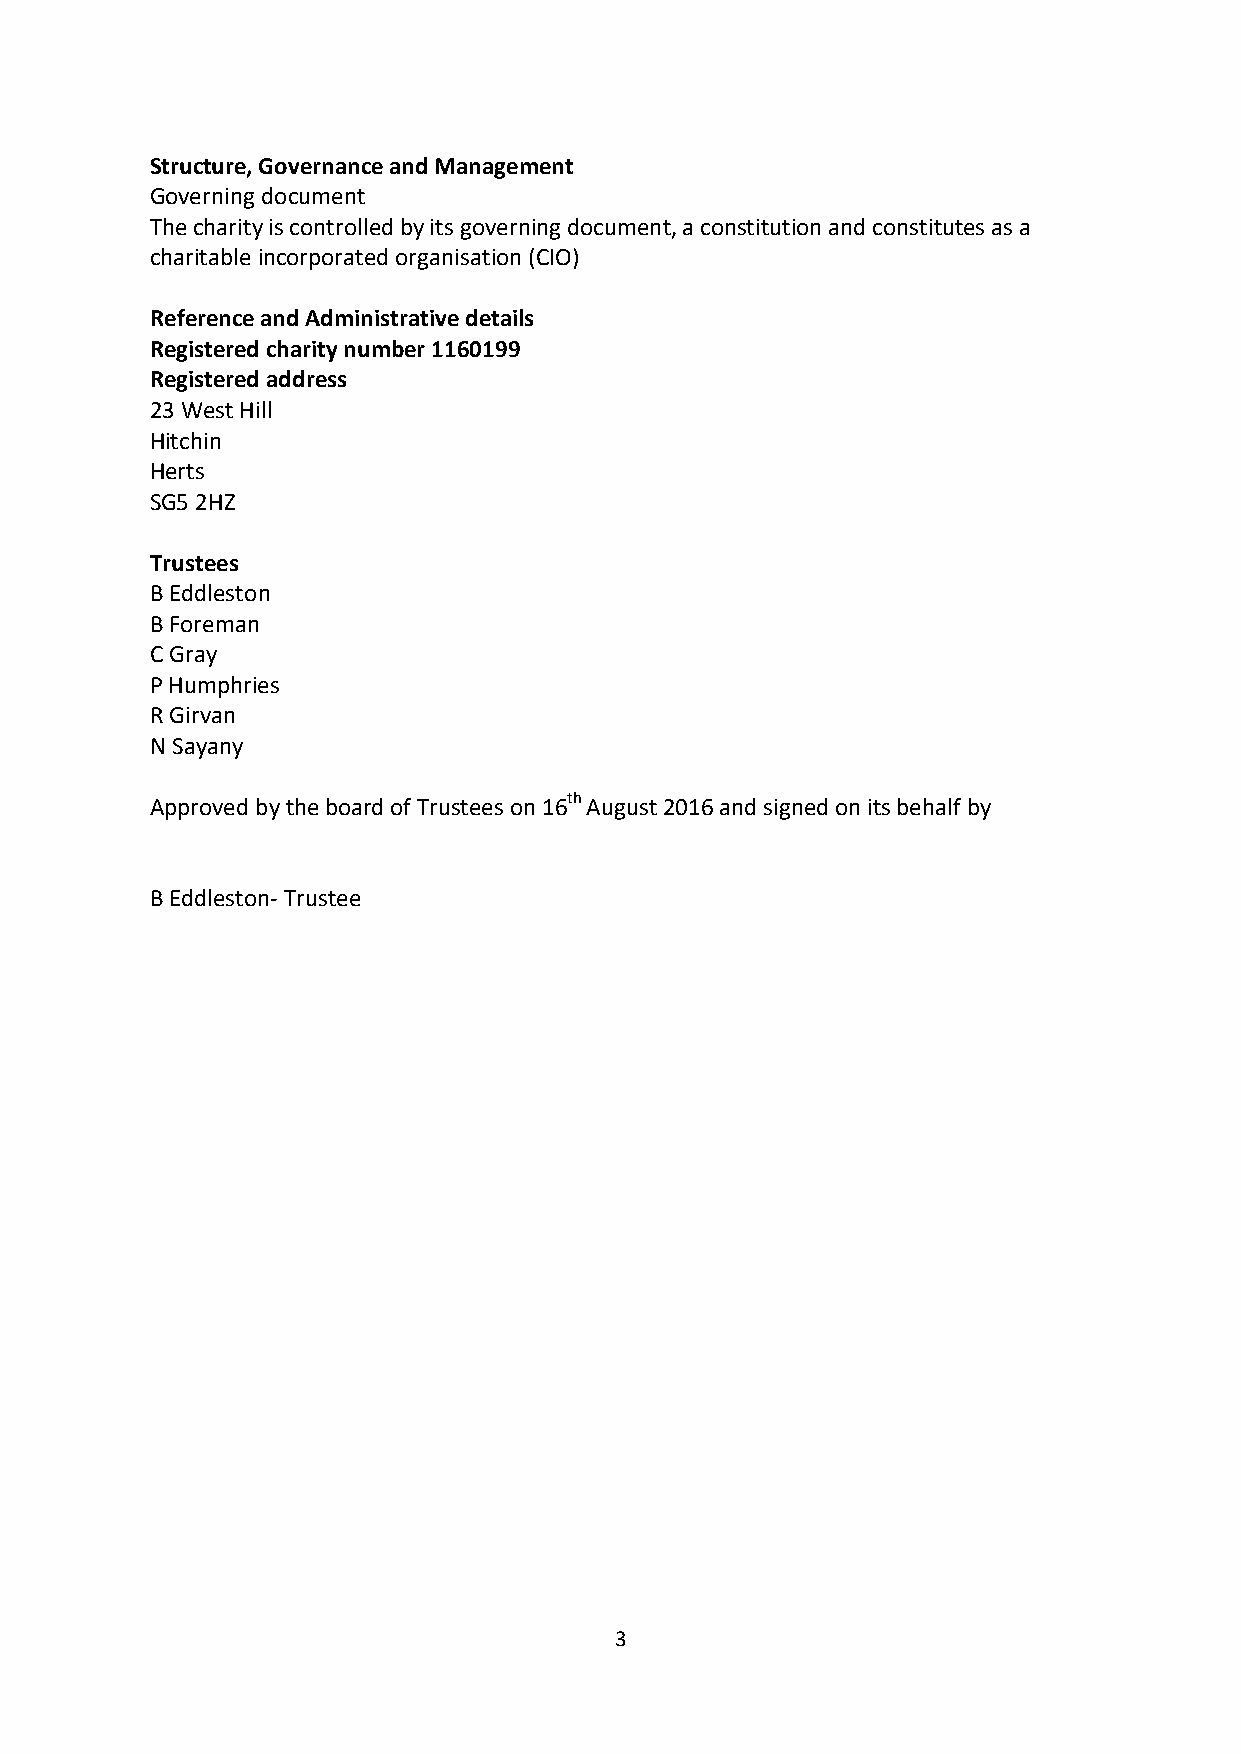
Structure, Governance and Management
 Governing document
 The charity is controlled by its governing document, a constitution and constitutes as a
 charitable incorporated organisation (CIO)
 Reference and Administrative details
 Registered charity number 1160199
 Registered address
 23 West Hill
 Hitchin
 Herts
 SG5 2HZ
 Trustees
 B Eddleston
 B Foreman
 C Gray
 P Humphries
 R Girvan
 N Sayany
 Approved by the board of Trustees on 16th August 2016 and signed on its behalf by
 B Eddleston- Trustee
 3